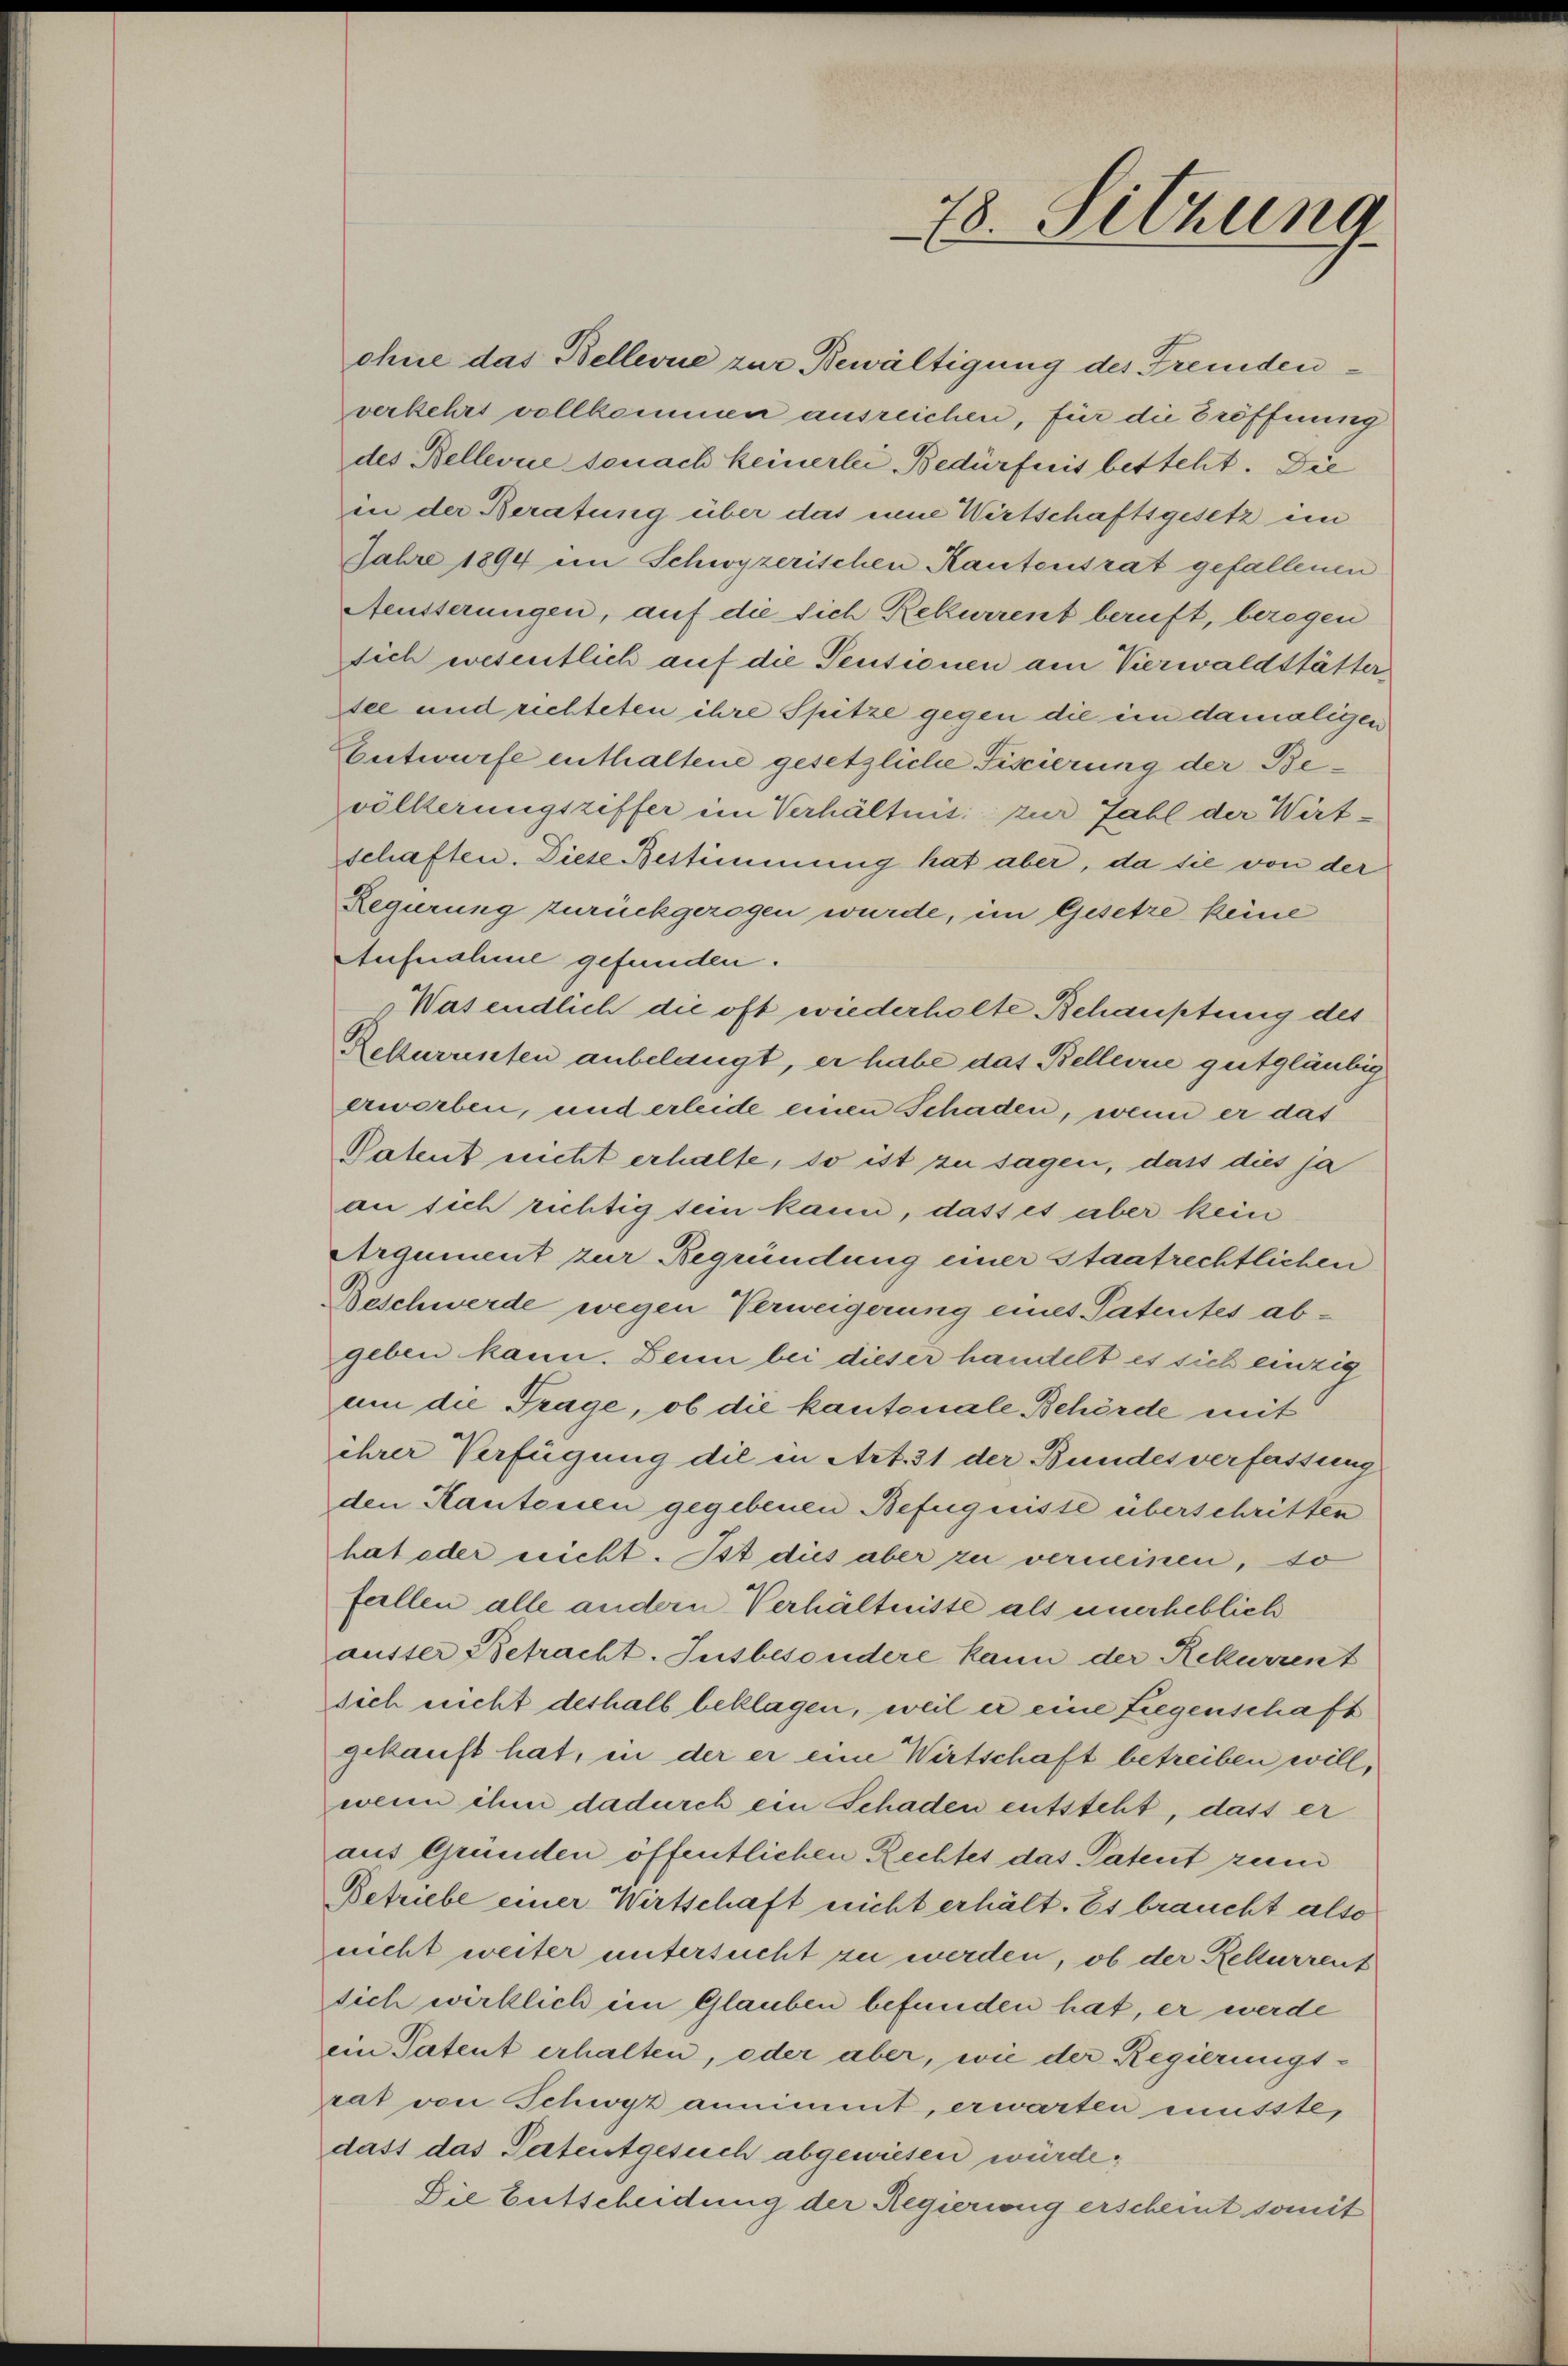
ohne das Bellevue zur Bewältigung des Fremdenverkehrt vollkommen ausreichen, für die Eröffnung
des Bellevue sonach keinerlei Bedürfnis besteht. Die
in der Beratung über das eine Wirtschaftsgesetz im
Jahre 1894 ein Schwyzerischen Kantonsrat gefallenen
Aeusserungen, auf die sich Rekurrent beruft, bezogen
sich wesentlich auf die Pensionen am Vierwaldstätter
see und richteten ihre Spitze gegen die im damaligen
Entwurfe enthaltene gesetzliche Fiscierung der Bevölkerungsziffer im Verhältnis zur Zahl der Wirt-
schaften. Diese Bestimmung hat aber, da sie von der
Regierung zurückgezogen wurde, im Gesetze keine
Aufnahme gefunden.
Wasendlich die oft wiederholte Behauptung des
Rekuranten anbelangt, er habe das Belleine gutgläubig
erworben, und erleide einen Schaden, wenn er das
Patent nicht erhalte, so ist zu sagen, dass dies ja
an sich richtig sein kann, dass es aber kein
Argument zur Begründung einer Staatrechtlichen
Beschwerde wegen Verweigerung eines Patentes ab-
geben kann. Beim bei dieser handelt es sich einzig
um die Trage, ob die kantonale Behörde mit
ihrer Verfügung die in Art. 31 der Bundesverfassung
den Kantonsen gegebenen Befugnisse überschritten
hat oder reicht. Ist dies aber zu verneinen, so
fellen alle andern Verhältnisse als unerheblich
ausser Betracht. Insbesondere kann der Rekurrent
sich nicht deshalb beklagen, weil er eine Liegenschaft
gekauft hat, in der er eine Wirtschaft betreiben will,
wenn ihm dadurch ein Schaden entsteht, dass er
aus Gründen öffentlichen Rechtes das Patent zum
Betriebe einer Wirtschaft nicht erhält. Es braucht also
nicht weiter untersucht zu werden, ob der Rekurrent
sich wirklich im Glauben befunden hat, er werde
ein Patent erhalten, oder aber, wie der Regierungs-
rat von Schwyz annimmt, erwarten müsste,
dass das Patentgesuch abgewiesen würde;
Die Entscheidung der Regierweig erscheint somit

78. Sitzung
)